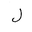
Letter: _lam